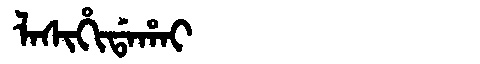
Manchu: ᠯᠠᠰᡳᡥᡳᡩᠠᡥᠠᡳ
Romanization: LASIHIDAHAI